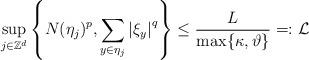
LaTeX: \begin{align*}\sup_{j\in \mathbb{Z}^{d}}\left\{ N(\eta _{j})^{p},\sum_{y\in \eta_{j}}\left\vert \xi _{y}\right\vert ^{q}\right\} \leq \frac{L}{\max \{\kappa,\vartheta \}}=:\mathcal{L} \end{align*}